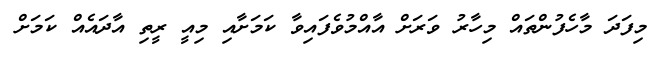
މިފަދަ މާހެފުންތައް މިހާރު ވަރަށް އާއްމުވެފައިވާ ކަމަށާއި މިއީ ރީތި އާދައެއް ކަމަށް